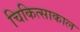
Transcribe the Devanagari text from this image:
चिकित्साकाल